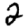
Digit: 2